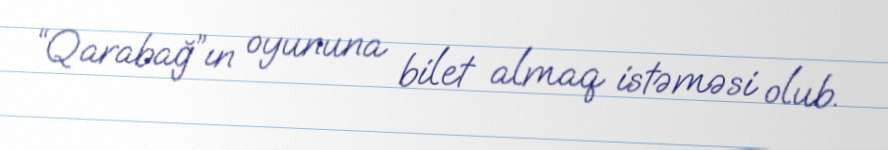
“Qarabağ”ın oyununa bilet almaq istəməsi olub.